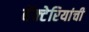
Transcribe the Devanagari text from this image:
बॅक्‍टेरियांची